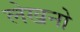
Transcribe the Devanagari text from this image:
लेखनो